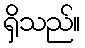
ရှိသည်။